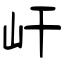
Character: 屽